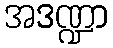
အဒဏ္ဍာ